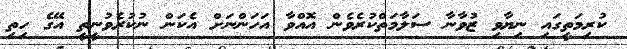
ކުރިމަތީގައި ނިޔާވި ޒުވާނާ ސަލާމަތްކުރެވެން އޮއްވާ އަހަންނަށް އެކަން ނުކުރެވުނީތީ އޭގެ ހިތި